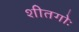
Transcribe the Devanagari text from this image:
शीतगोः